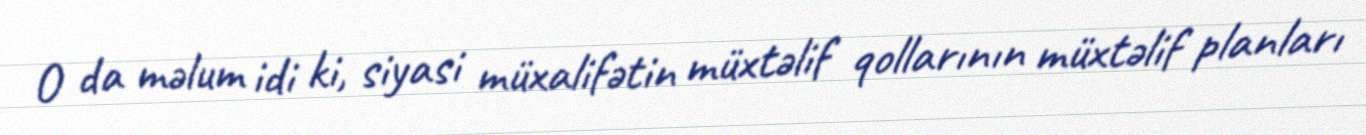
O da məlum idi ki, siyasi müxalifətin müxtəlif qollarının müxtəlif planları